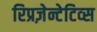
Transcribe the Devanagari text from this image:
रिप्रज़ेन्टेटिव्स